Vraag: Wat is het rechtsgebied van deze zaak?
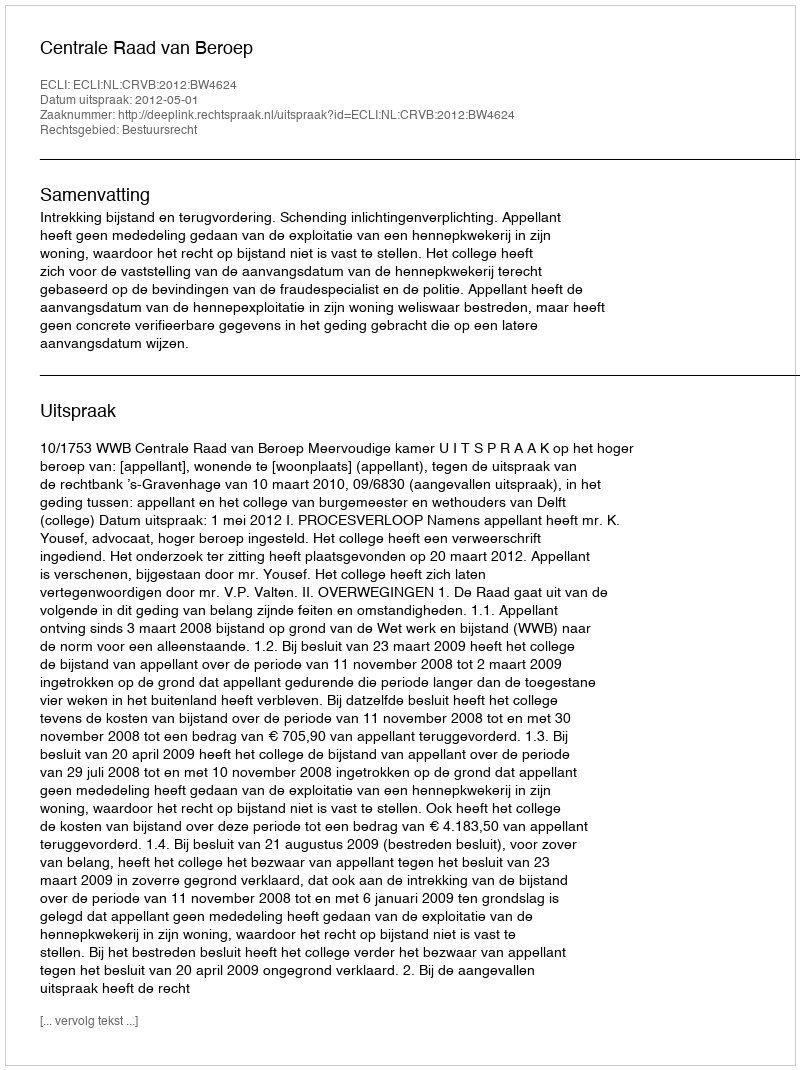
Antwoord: Bestuursrecht